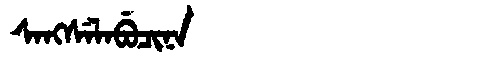
Manchu: ᠰᠠᠩᠰᡝᠯᠠᠪᡠᠴᡳᠨᠠ
Romanization: SANGSELABUCINA